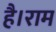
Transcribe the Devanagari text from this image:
है।राम